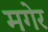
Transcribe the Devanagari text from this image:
मगेर